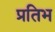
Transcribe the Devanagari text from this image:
प्रतिभ